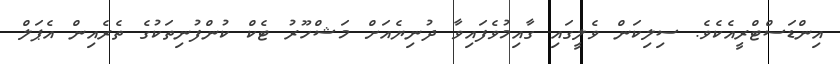
އިންޑަސްޓްރީއެކެވެ. ސިލިކަން ވެލީގައި ގާއިމުވެފައިވާ ދުނިޔެއަށް މަޝްހޫރު ޓެކް ކުންފުނިތަކުގެ ތެރެއިން އެޕަލް